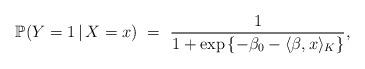
LaTeX: \begin{align*}\mathbb{P}(Y=1\, |\, X=x) \ = \ \frac{1}{1 + \exp\left\{-\beta_0 - \langle \beta,x \rangle_K \right\}},\end{align*}